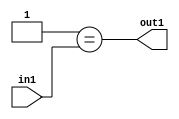
`timescale 1ps / 1ps
/*****************************************************************************
    Verilog RTL Description
    
    
    Created by: Stratus DpOpt 2019.1.01 
*******************************************************************************/

module pw_feature_addr_gen_Eqi1u16_4 (
	in1,
	out1
	); /* architecture "behavioural" */ 
input [15:0] in1;
output  out1;
wire  asc001;

assign asc001 = (21'B000000000000000000001==in1);

assign out1 = asc001;
endmodule

/* CADENCE  urj3SAw= : u9/ySgnWtBlWxVPRXgAZ4Og= ** DO NOT EDIT THIS LINE ******/